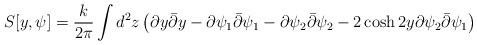
LaTeX: \begin{align*} S[y,\psi]=\frac{k}{2\pi}\int d^{2}z \left(\partial y \bar{\partial}y-\partial\psi_{1} \bar{\partial}\psi_{1}-\partial\psi_{2}\bar{\partial}\psi_{2}- 2\cosh{2y} \partial\psi_{2}\bar{\partial}\psi_{1}\right)\end{align*}